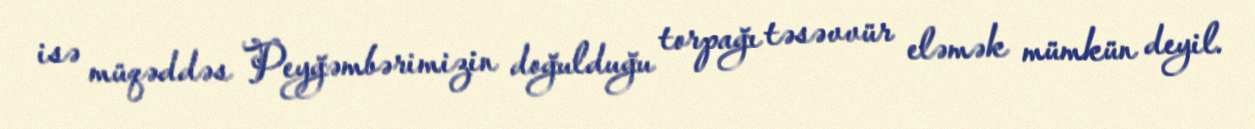
isə müqəddəs Peyğəmbərimizin doğulduğu torpağı təsəvvür eləmək mümkün deyil.